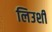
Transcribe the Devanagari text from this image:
लिउशी